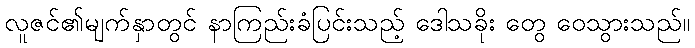
လူဇင်၏မျက်နှာတွင် နာကြည်းခံပြင်းသည့် ဒေါသခိုး တွေ ဝေသွားသည်။